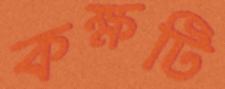
কক্ষটি